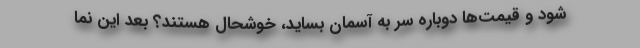
شود و قیمت‌ها دوباره سر به آسمان بساید، خوشحال هستند؟ بعد این نما